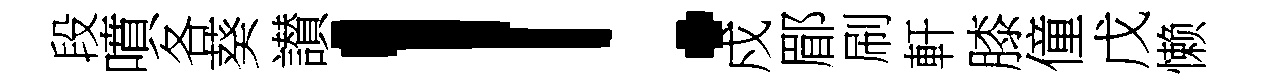
段噴各葵讃！戍郿刷軒膝僮戊懒